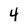
Character: 4